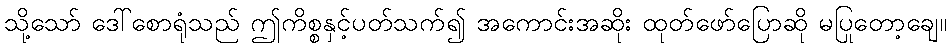
သို့သော် ဒေါ်စောရုံသည် ဤကိစ္စနှင့်ပတ်သက်၍ အကောင်းအဆိုး ထုတ်ဖော်ပြောဆို မပြုတော့ချေ။